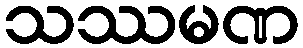
သဿမဏ